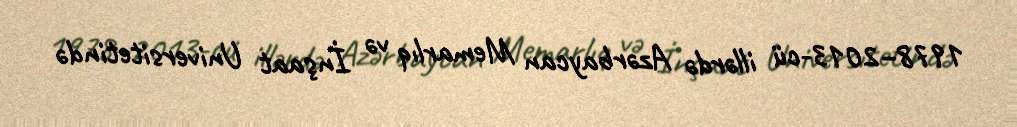
1978–2013-cü illərdə Azərbaycan Memarlıq və İnşaat Universitetində